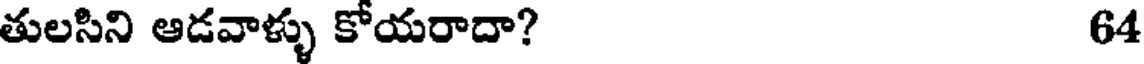
తులసిని ఆడవాళ్ళు కోయరాదా? 64